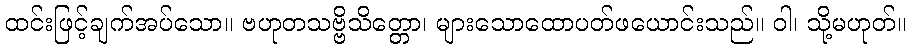
ထင်းဖြင့်ချက်အပ်သော။ ဗဟုတသဗ္ဗိသိတ္တော၊ များသောထောပတ်ဖယောင်းသည်။ ဝါ၊ သို့မဟုတ်။